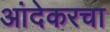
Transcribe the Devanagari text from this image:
आंदेकरचा